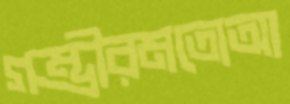
গম্ভীরমতোঅ্য